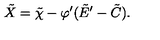
\tilde { X } = \tilde { \chi } - \varphi ^ { \prime } ( \tilde { E } ^ { \prime } - \tilde { C } ) .